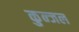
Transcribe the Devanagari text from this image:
कुन्जल